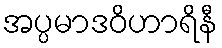
အပ္ပမာဒဝိဟာရိနီ